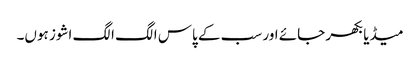
میڈیا بکھر جائے اور سب کے پاس الگ الگ اشوز ہوں۔